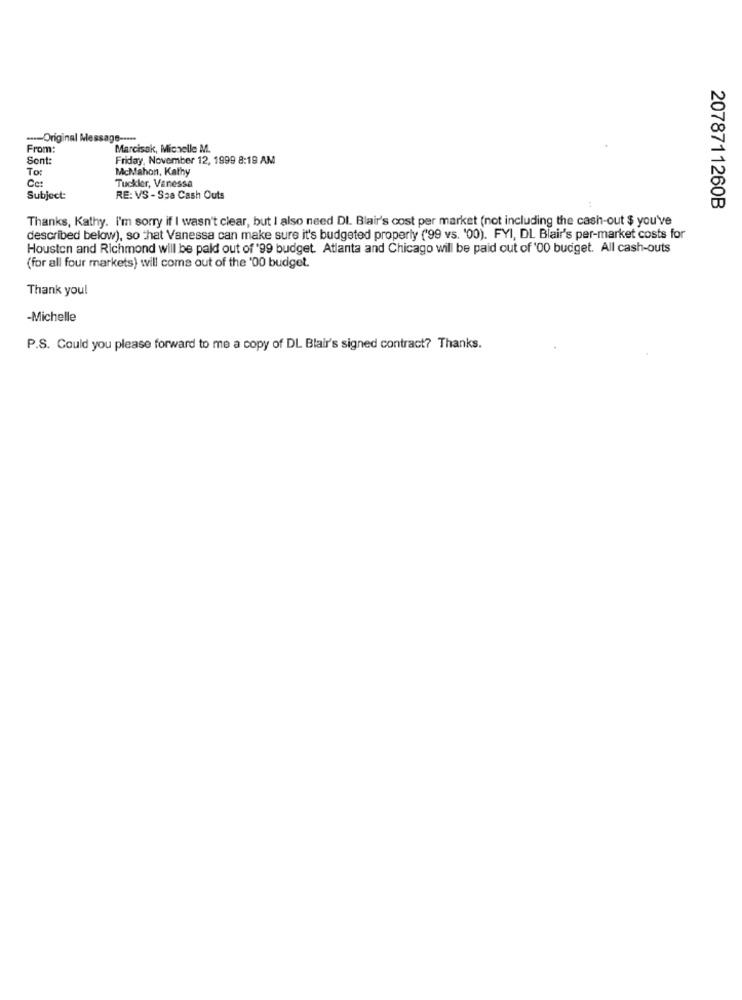
---- Original Message -****
From:
Marcisak, Michelle M.
Sont:
Friday, November 12, 1999 8:19 AM
To:
McMahon, Kathy
Ce:
Tuckler, Vanessa
Subject:
RE: VS - Spa Cash Outs
2078711260B
Thanks, Kathy. I'm sorry if I wasn't clear, but I also need DI. Blair's cost per market (not including the cash-out $ you've
described below), so that Vanessa can make sure it's budgeted properly ('99 vs. '00). FYI, DL Blair's per-market costs for
Houston and Richmond will be paid out of '99 budget. Atlanta and Chicago will be paid out of '00 budget. All cash-outs
(for all four markets) will come out of the '00 budget.
Thank you!
-Michelle
P.S. Could you please forward to me a copy of DL Blair's signed contract? Thanks.